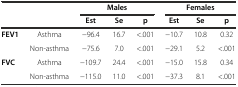
<table><thead><tr><td></td><td></td><td colspan="3"><b>Males</b></td><td colspan="3"><b>Females</b></td></tr><tr><td></td><td></td><td><b>Est</b></td><td><b>Se</b></td><td><b>p</b></td><td><b>Est</b></td><td><b>Se</b></td><td><b>p</b></td></tr></thead><tbody><tr><td><b>FEV1</b></td><td>Asthma</td><td>−96.4</td><td>16.7</td><td>&lt;.001</td><td>−10.7</td><td>10.8</td><td>0.32</td></tr><tr><td></td><td>Non-asthma</td><td>−75.6</td><td>7.0</td><td>&lt;.001</td><td>−29.1</td><td>5.2</td><td>&lt;.001</td></tr><tr><td><b>FVC</b></td><td>Asthma</td><td>−109.7</td><td>24.4</td><td>&lt;.001</td><td>−15.0</td><td>15.8</td><td>0.34</td></tr><tr><td></td><td>Non-asthma</td><td>−115.0</td><td>11.0</td><td>&lt;.001</td><td>−37.3</td><td>8.1</td><td>&lt;.001</td></tr></tbody></table>